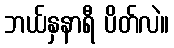
ဘယ်နှနာရီ ပိတ်လဲ။